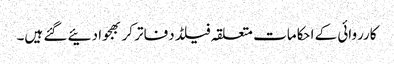
کارروائی کے احکامات متعلقہ فیلڈ دفاتر کر بھجوا دئیے گئے ہیں۔